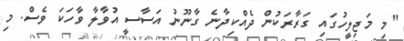
"މި މަޖިލީހުގައި ގަރާރަކުން ދެއްކިދާނެ ގާނޫނު އަސާސީ އުވާލާ ވާހަކަ ވެސް. މި